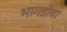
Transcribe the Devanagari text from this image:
भागडोबा